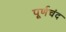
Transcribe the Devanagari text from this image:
पूर्णचंद